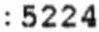
:5224